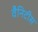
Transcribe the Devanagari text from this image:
वैनिटीस